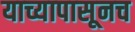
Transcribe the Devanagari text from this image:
याच्यापासूनच